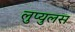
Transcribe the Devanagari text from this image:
लुप्युलस